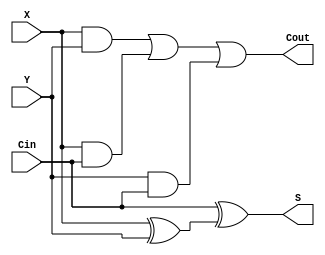
`timescale 1ns / 1ps
//////////////////////////////////////////////////////////////////////////////////
// Company: 
// Engineer: 
// 
// Design Name: 
// Module Name: add_sub
// Project Name: 
// Target Devices: 
// Tool Versions: 
// Description: 
// 
// Dependencies: 
// 
// Revision:
// Revision 0.01 - File Created
// Additional Comments:
// 
//////////////////////////////////////////////////////////////////////////////////


module fulladder(X, Y, Cin, Cout, S);

    input X;
    input Y;
    input Cin;
    output Cout;
    output S;
    
    wire w1, w2, w3, w4;
    
    xor(w1, X, Y);
    xor(S, Cin, w1);
    
    and(w2, X, Y);
    and(w3, X, Cin);
    and(w4, Y, Cin);
    
    or (Cout, w2, w3, w4);    

endmodule